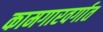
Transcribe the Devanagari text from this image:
कामगारवर्गात